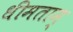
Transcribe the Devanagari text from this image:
धीमताम्‌